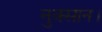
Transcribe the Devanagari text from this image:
नुक्सान।